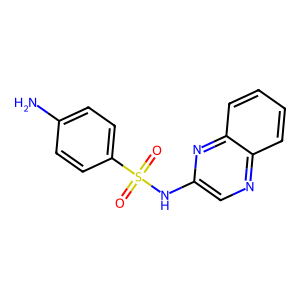
SMILES: Nc1ccc(S(=O)(=O)Nc2cnc3ccccc3n2)cc1
Inhibits HIV replication: No